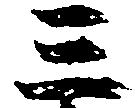
三